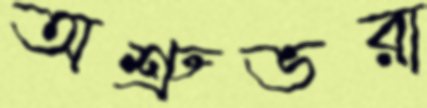
অশ্রুভরা